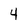
Character: 4